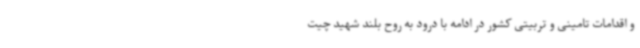
و اقدامات تامینی و تربیتی کشور در ادامه با درود به روح بلند شهید چیت